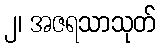
၂၊ အဇရသာသုတ်